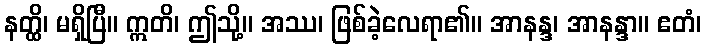
နတ္ထိ၊ မရှိပြီ။ ဣတိ၊ ဤသို့။ အဿ၊ ဖြစ်ခဲ့လေရာ၏။ အာနန္ဒ၊ အာနန္ဒာ။ ဧတံ၊